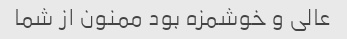
عالی و خوشمزه بود ممنون از شما